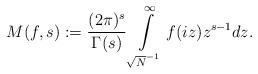
LaTeX: \begin{align*}M(f,s):=\frac{(2\pi)^s}{\Gamma(s)}\int\limits_{\sqrt{N}^{-1}}^{\infty}f(iz)z^{s-1}dz.\end{align*}